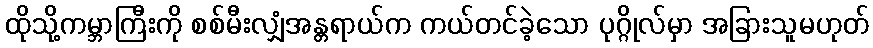
ထိုသို့ကမ္ဘာကြီးကို စစ်မီးလျှံအန္တရာယ်က ကယ်တင်ခဲ့သော ပုဂ္ဂိုလ်မှာ အခြားသူမဟုတ်